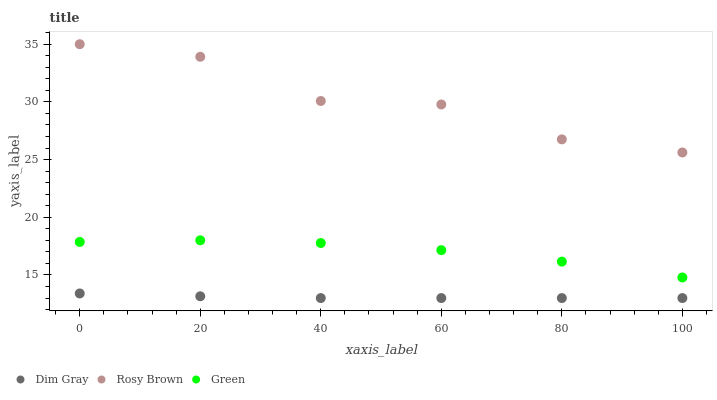
| xaxis_label | Dim Gray | Rosy Brown | Green |
 | --- | --- | --- | --- |
 | 0 | 13.4 | 35 | 17.9 |
 | 20 | 13.2 | 33.9 | 18 |
 | 40 | 13 | 30.1 | 17.8 |
 | 60 | 13 | 29.8 | 17.2 |
 | 80 | 13 | 26.8 | 16.2 |
 | 100 | 13 | 25.6 | 14.8 |